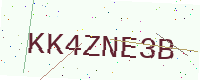
Text: KK4ZNE3B